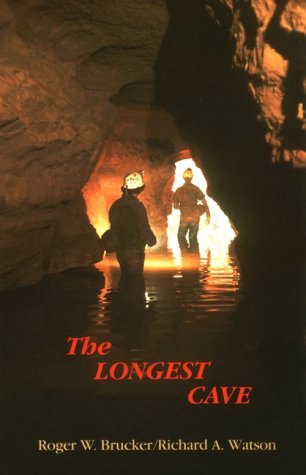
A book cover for The Longest Cave; Roger W. Brucker; Sports & Outdoors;